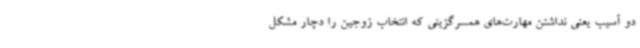
دو آسیب یعنی نداشتن مهارت‌های همسرگزینی که انتخاب زوجین را دچار مشکل